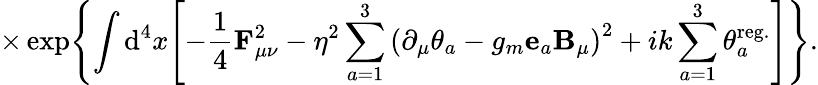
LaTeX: \times\exp\Biggl\{ \int\mathrm{d}^{4}x\Biggl[-\frac{1}{4}{\mathbf{F}}_{\mu\nu}^{2}-\eta^{2}\sum_{a=1}^{3}\left(\partial_{\mu}\theta_{a}-g_{m}{\mathbf{e}}_{a}{\mathbf{B}}_{\mu}\right)^{2}+ik\sum_{a=1}^{3}\theta_{a}^{\mathrm{{reg.}}}\Biggr]\Biggr\} .